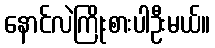
နောင်လဲကြိုးစားပါဦးမယ်။